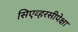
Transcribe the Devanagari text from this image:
सिएव्हरसीपेक्षा